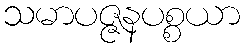
သမာပဇ္ဇနပစ္စယာ